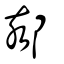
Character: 郂